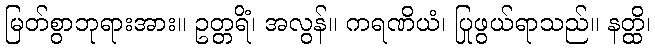
မြတ်စွာဘုရားအား။ ဥတ္တရိံ၊ အလွန်။ ကရဏိယံ၊ ပြုဖွယ်ရာသည်။ နတ္ထိ၊